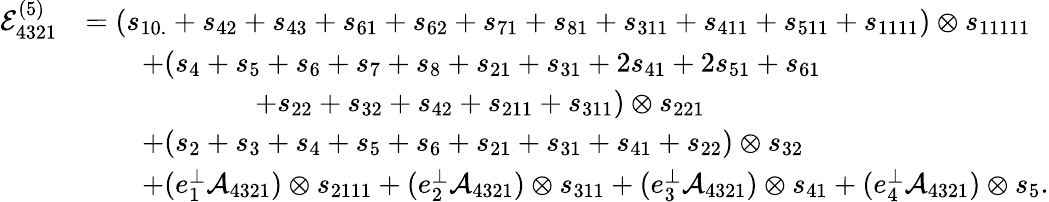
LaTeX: \begin{array}{rl}{\mathcal{E}_{4321}^{(5)}}&{=(s_{10.}+s_{42}+s_{43}+s_{61}+s_{62}+s_{71}+s_{81}+s_{311}+s_{411}+s_{511}+s_{1111})\otimes s_{11111}}\\ &{\qquad+(s_{4}+s_{5}+s_{6}+s_{7}+s_{8}+s_{21}+s_{31}+2s_{41}+2s_{51}+s_{61}}\\ &{\qquad\qquad\qquad+s_{22}+s_{32}+s_{42}+s_{211}+s_{311})\otimes s_{221}}\\ &{\qquad+(s_{2}+s_{3}+s_{4}+s_{5}+s_{6}+s_{21}+s_{31}+s_{41}+s_{22})\otimes s_{32}}\\ &{\qquad+(e_{1}^{\perp}\mathcal{A}_{4321})\otimes s_{2111}+(e_{2}^{\perp}\mathcal{A}_{4321})\otimes s_{311}+(e_{3}^{\perp}\mathcal{A}_{4321})\otimes s_{41}+(e_{4}^{\perp}\mathcal{A}_{4321})\otimes s_{5}.}\end{array}